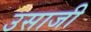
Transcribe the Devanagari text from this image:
उसाजी